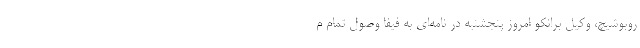
روبوشیچ، وکیل برانکو امروز پنجشنبه در نامه‌ای به فیفا وصول تمام م